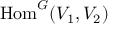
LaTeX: { \mathrm { H o m } } ^ { G } ( V _ { 1 } , V _ { 2 } )